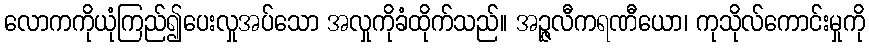
လောကကိုယုံကြည်၍ပေးလှုအပ်သော အလှုကိုခံထိုက်သည်။ အဉ္ဇလီကရဏီယော၊ ကုသိုလ်ကောင်းမှုကို